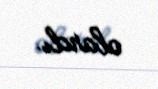
olardı.